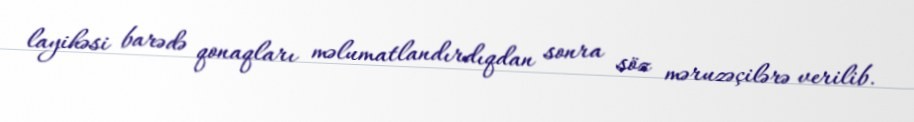
layihəsi barədə qonaqları məlumatlandırdıqdan sonra söz məruzəçilərə verilib.